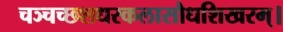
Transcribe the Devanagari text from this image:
चञ्चच्छशधरकलासौधशिखरम्।